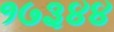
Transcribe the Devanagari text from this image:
१७३४४